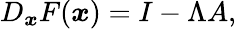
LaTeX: \begin{array}{r}{D_{{\boldsymbol x}}F({\boldsymbol x})=I-\Lambda A,}\end{array}